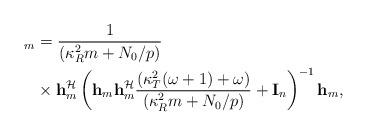
LaTeX: \begin{align*}_{m}&=\frac{1}{(\kappa^{2}_{R}m+N_{0}/p)}\\&\times \mathbf{h}_{m}^{\mathcal{H}}\left(\mathbf{h}_{m}\mathbf{h}_{m}^{\mathcal{H}}\frac{(\kappa^{2}_{T}(\omega+1)+\omega)}{(\kappa^{2}_{R}m+N_{0}/p)}+\mathbf{I}_{n}\right)^{-1}\mathbf{h}_{m},\end{align*}